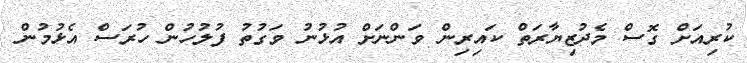
ކުރިއަށް ގޮސް މެދުޒިޔާރަތް ކައިރިން ވަންނަށް އުޅުނު ވަގުތު ފުލުހުން ހުރަސް އެޅުމުން